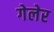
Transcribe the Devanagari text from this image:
गेलेर